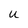
Character: U